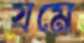
যমে